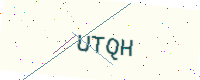
Text: UTQH